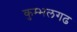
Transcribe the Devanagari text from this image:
कुम्‍भलगढ